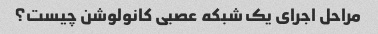
مراحل اجرای یک شبکه عصبی کانولوشن چیست؟